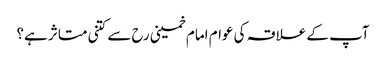
آپ کے علاقہ کی عوام امام خمینی رح سے کتنی متاثر ہے؟